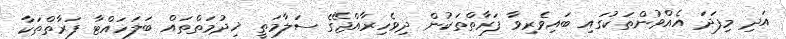
އަދި މިފަދަ އެއްވުންތަކުގައި ބައިވެރިވާ ފަރާތްތަކުން ދިވެހިރާއްޖޭގެ ސަލާމަތީ ޚިދުމަތްތައް ބަލަހައްޓާ ފަރާތްތަކާ